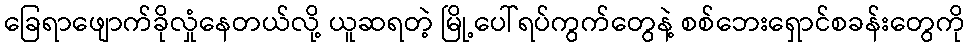
ခြေရာဖျောက်ခိုလှုံနေတယ်လို့ ယူဆရတဲ့ မြို့ပေါ်ရပ်ကွက်တွေနဲ့ စစ်ဘေးရှောင်စခန်းတွေကို